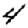
Digit: 4